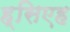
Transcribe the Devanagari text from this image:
ह्सिएह